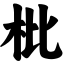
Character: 枇